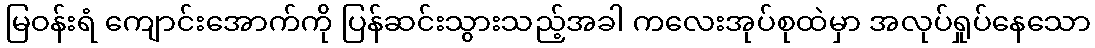
မြဝန်းရံ ကျောင်းအောက်ကို ပြန်ဆင်းသွားသည့်အခါ ကလေးအုပ်စုထဲမှာ အလုပ်ရှုပ်နေသော